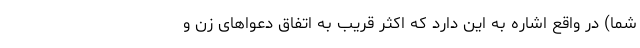
شما) در واقع اشاره به این دارد که اکثر قریب به اتفاق دعواهای زن و